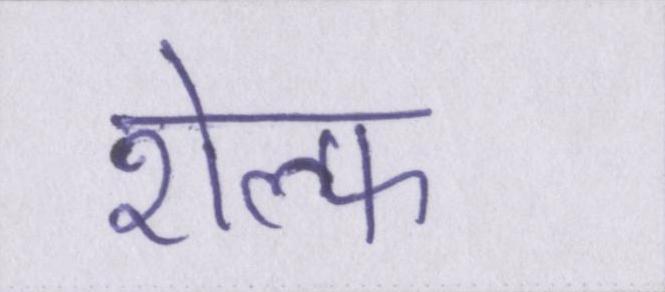
शेल्फ